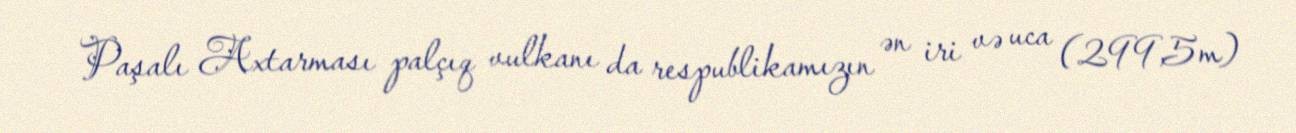
Paşalı Axtarması palçıq vulkanı da respublikamızın ən iri və uca (299,5m)